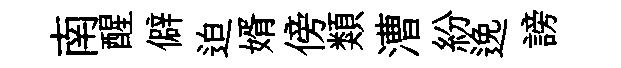
南醒僻迫婿傍類漕紛𨓜謗